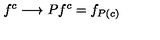
f ^ { c } \longrightarrow P f ^ { c } = f _ { P ( c ) }